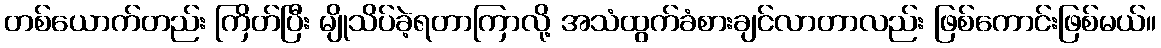
တစ်ယောက်တည်း ကြိတ်ပြီး မျိုသိပ်ခဲ့ရတာကြာလို့ အသံထွက်ခံစားချင်လာတာလည်း ဖြစ်ကောင်းဖြစ်မယ်။